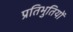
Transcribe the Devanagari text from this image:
प्रतिभुतियों